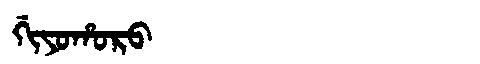
Manchu: ᡤᡳᠶᠣᡥᠣᡵᠣ
Romanization: GIYOHORO